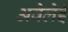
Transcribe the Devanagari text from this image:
अवेलेई